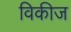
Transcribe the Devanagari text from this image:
विकीज